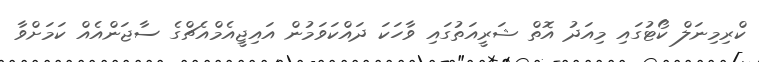
ކްރިމިނަލް ކޯޓުގައި މިއަދު އޮތް ޝަރީއަތުގައި ވާހަކަ ދައްކަވަމުން އައިޖީއެމްއެޗްގެ ސާޖަންއެއް ކަމަށްވާ